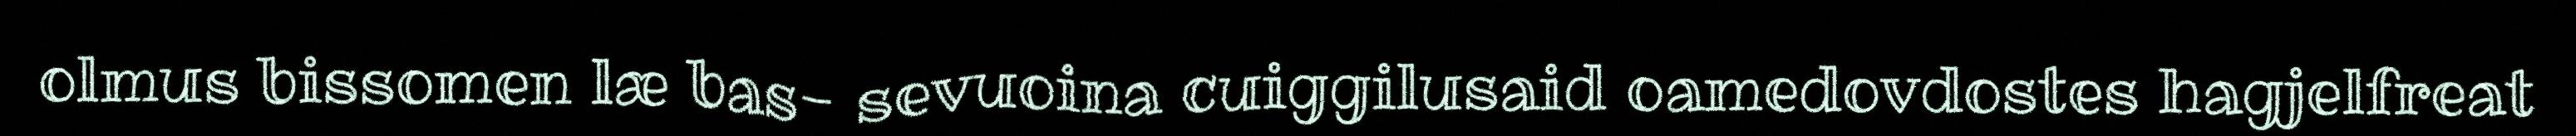
olmus bissomen læ bas- sevuoina cuiggilusaid oamedovdostes hagjelfreat